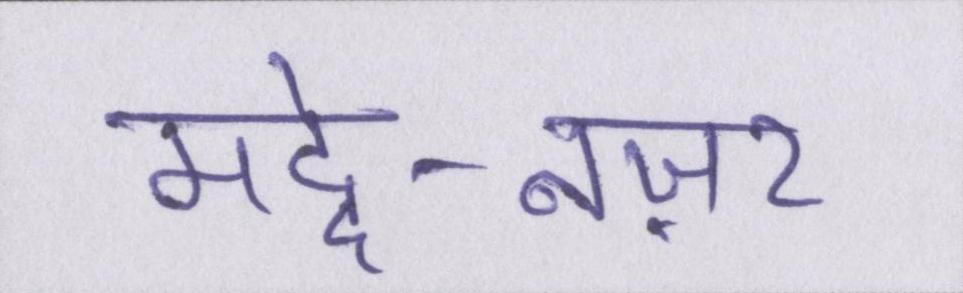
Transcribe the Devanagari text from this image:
मद्दे-नज़र